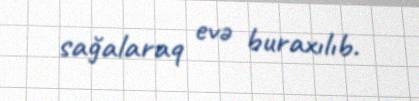
sağalaraq evə buraxılıb.